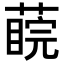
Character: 𦺊